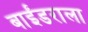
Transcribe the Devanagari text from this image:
बाईंडराला